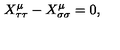
X _ { \tau \tau } ^ { \mu } - X _ { \sigma \sigma } ^ { \mu } = 0 ,